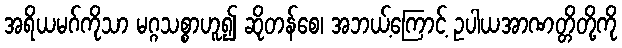
အရိယမဂ်ကိုသာ မဂ္ဂသစ္စာဟူ၍ ဆိုတန်စေ၊ အဘယ့်ကြောင့် ဥပါယအာဏတ္တိတို့ကို